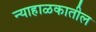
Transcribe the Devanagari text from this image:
न्याहाळकातील